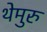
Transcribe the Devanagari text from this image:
थेमुरु